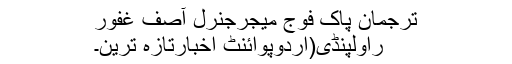
ترجمان پاک فوج میجرجنرل آصف غفور
راولپنڈی(اُردوپوائنٹ اخبارتازہ ترین۔